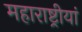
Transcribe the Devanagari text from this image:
महाराष्ट्रीयां